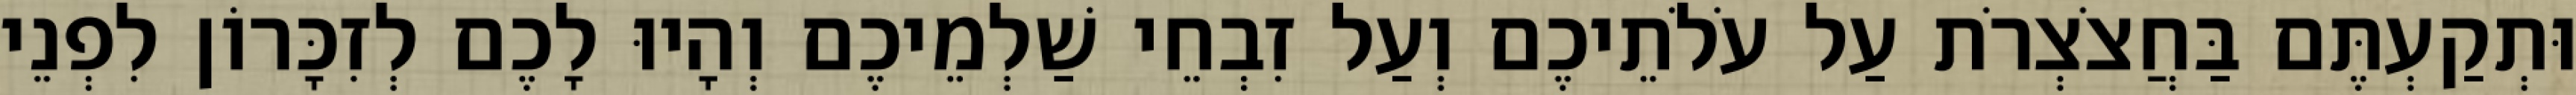
וּתְקַעְתֶּם בַּחֲצֹצְרֹת עַל עֹלֹתֵיכֶם וְעַל זִבְחֵי שַׁלְמֵיכֶם וְהָיוּ לָכֶם לְזִכָּרוֹן לִפְנֵי